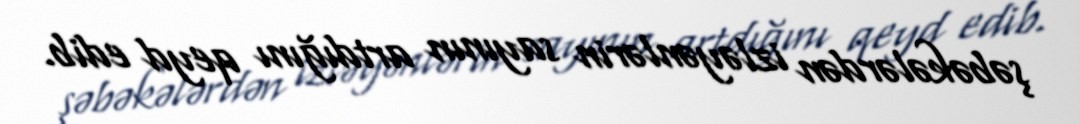
şəbəkələrdən izləyənlərin sayının artdığını qeyd edib.